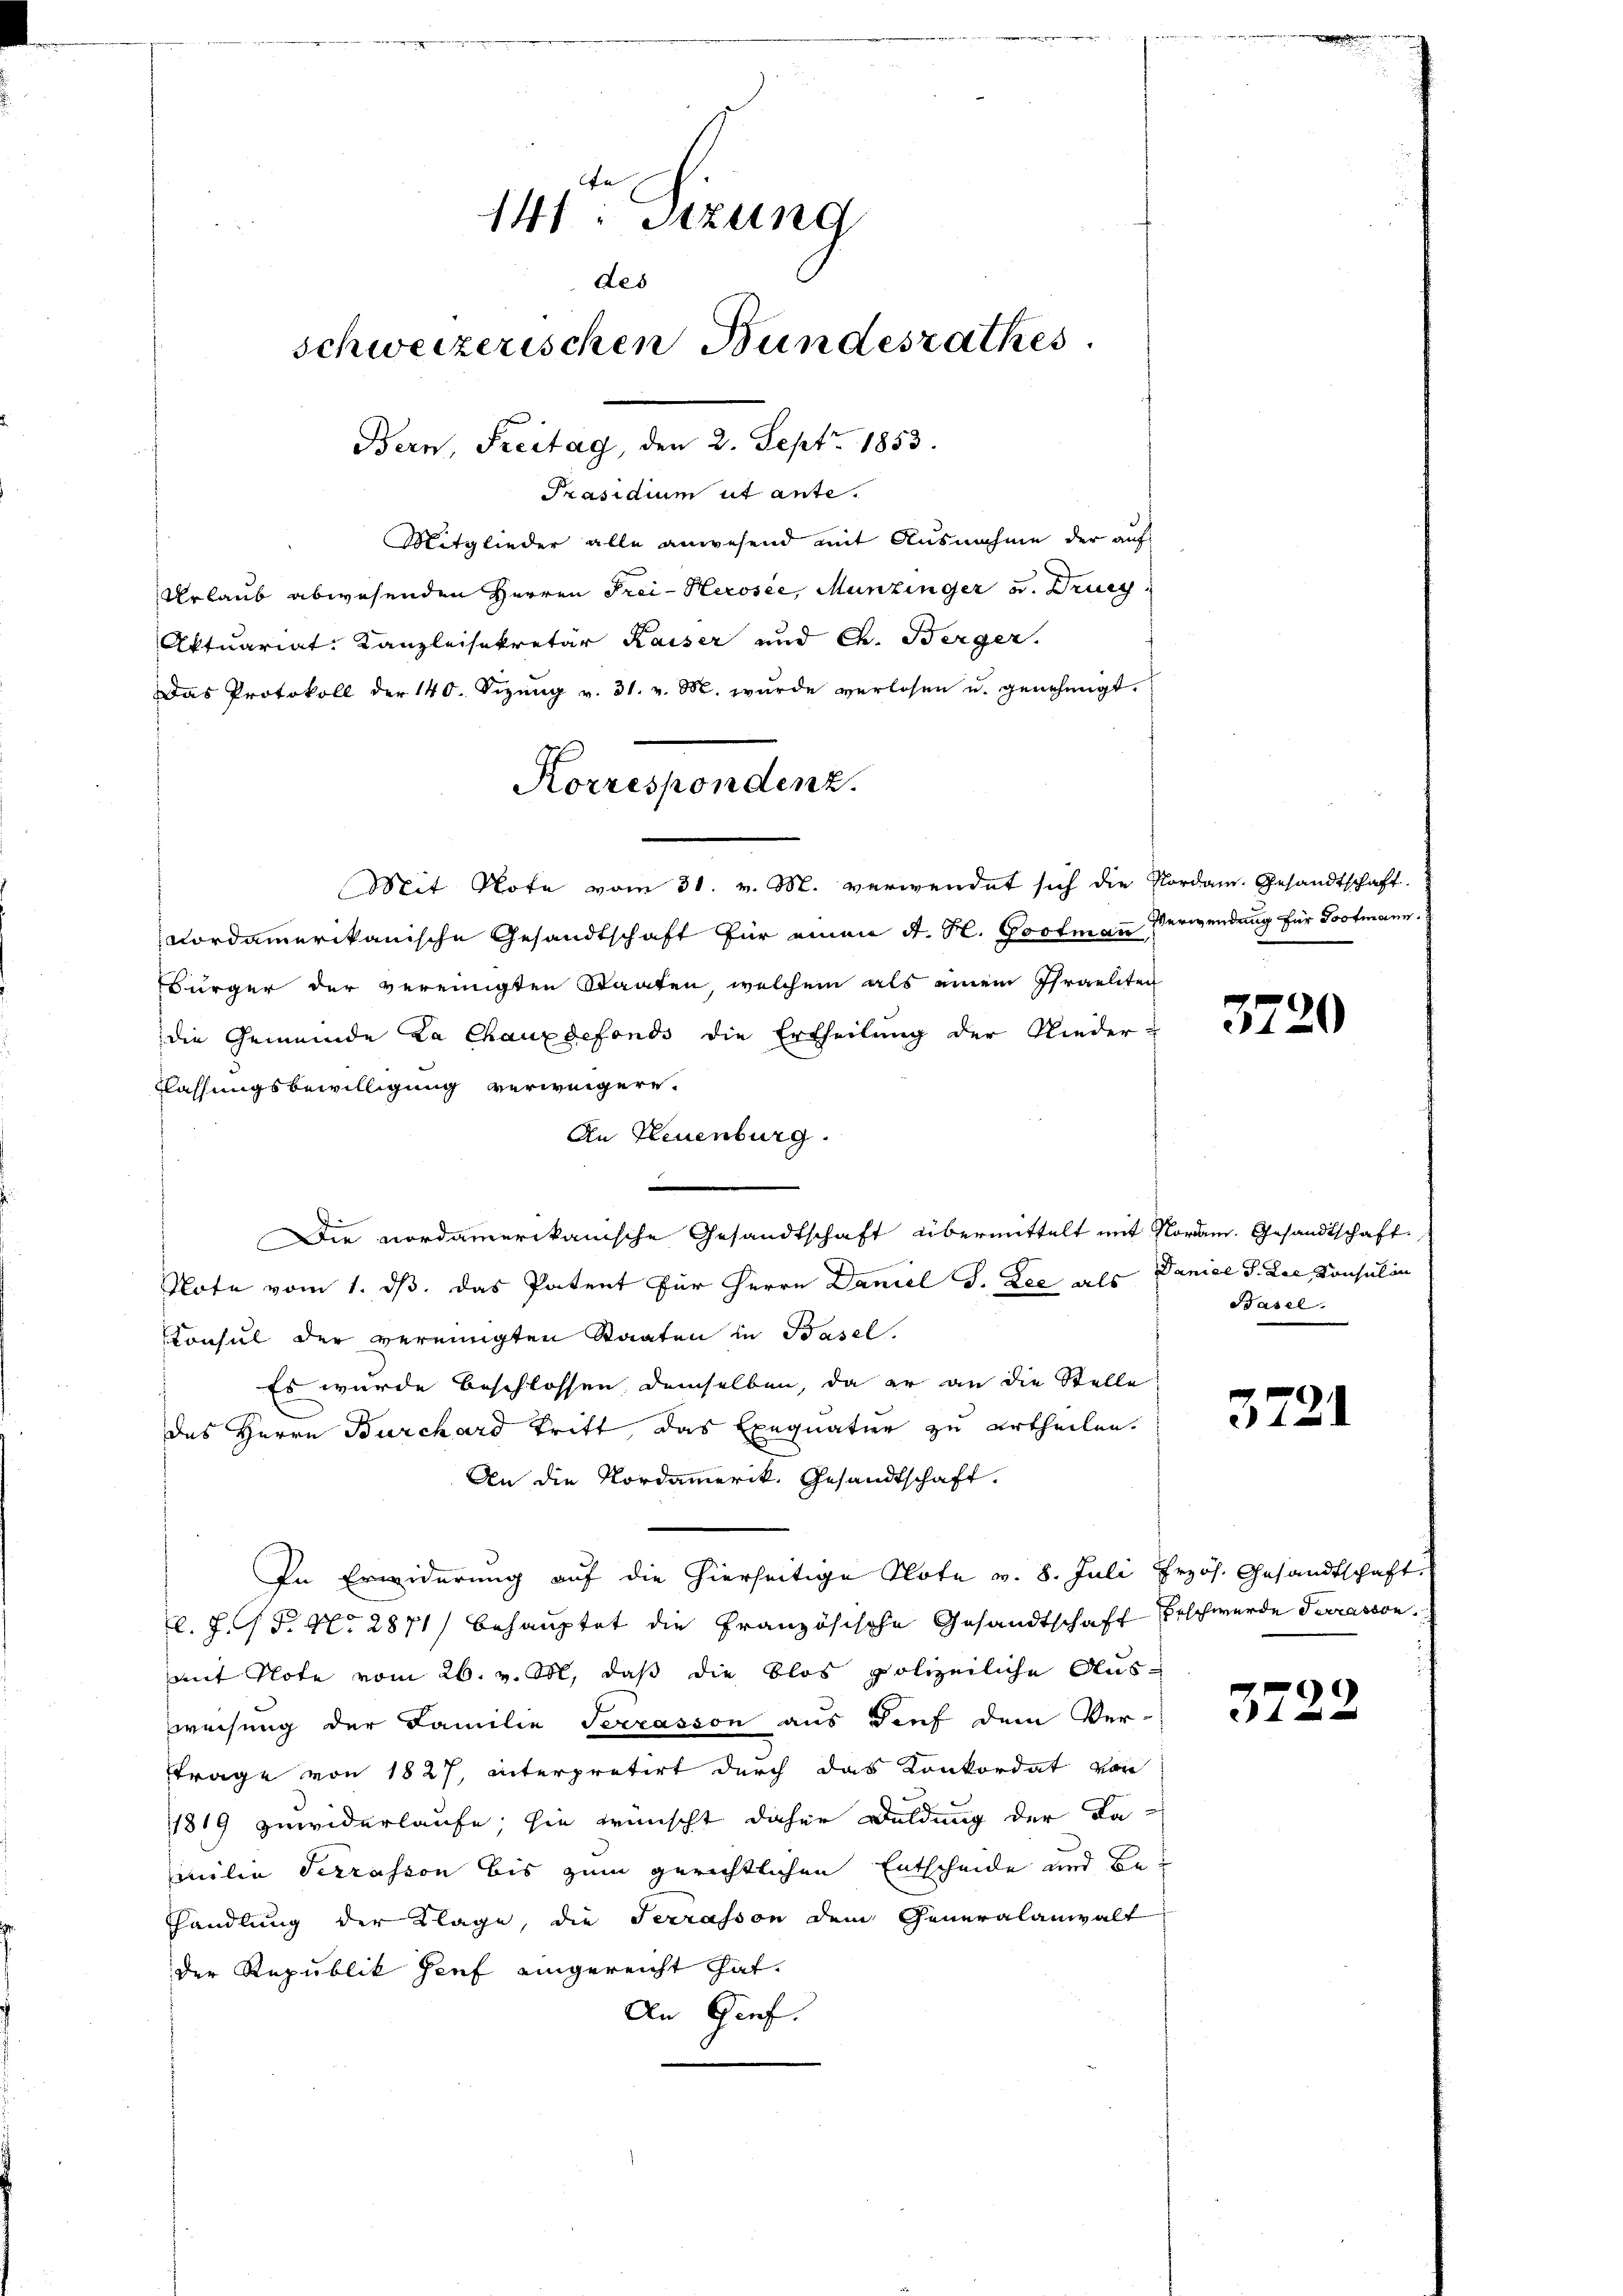
141ten Sizung
des
schweizerischen Bundesrathes.
Bern, Freitag, den 2. Sept. 1853.

Präsidium ut ante.
Mitglieder alle anwesend mit Ausnahme der auf
Urlaub abwesenden Herren Frei- Herosée, Munzinger u. Dring
Aktuariat Kanzleisekretär Kaiser und Ch. Berger.
Das Protokoll der 140. Sizŭng v. 31. v. M. wŭrde verlesen u. genehmigt.
Mit Note vom 31. v. M. verwendet sich die Nordam. Gesandtschaft.
nordamerikanische Gesandtschaft für einen A. H. Postmann Verwendung für Postmann.
Bürger der vereinigten Staaten, welchem als einem Israeliten
die Gemeinde La Chauxdefonds die Ertheilung der Nieder-
Klassungsbewilligung verweigern.
An Neuenburg.
d
Die nordamerikanische Gesandtschaft übermittelt mit Nordam. Gesandtschaft
Note vom 1. ds. das Patent für Herrn Daniel S. Les als Danice I. Die Konsulin
Konsul der vereinigten Staaten in Basel.
Es wurde beschlossen demselben, da er an die Stelle
des Herrn Burchard tritt, das Exequatur zu urtheilen.
An die Nordamerik, Gesandtschaft.
In Erwiderung auf die hierseitige Note v. 8. Juli Przös. Gesandtschaft
l. J. G. P. Nr. 2871/ behauptet die Französische Gesandtschaft Beschwerde Terrasson
mit Note vom 26. v. M. daß die blos polizeiliche Auspreisung der Familie Terrasson aus dies dem Ver-
trage von 1827, interpretirt durch das Konkordat von
1819 zuwiderlaufe sie wünscht daher Duldung der Da-
milie Serrasson bis zum gerichtlichen Entscheide und Be¬
Thandlung der Klage, die Terrasson dem Generalanwalt
der Republik Genf eingereicht hat.
An Genf.

Korrespondenz.

3720

Basel.

3721

3722